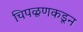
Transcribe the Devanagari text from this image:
चिपळूणकडून